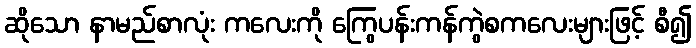
ဆိုသော နာမည်စာလုံး ကလေးကို ကြွေပန်းကန်ကွဲစကလေးများဖြင့် စီ၍